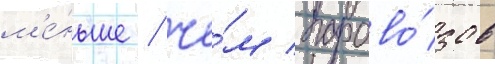
м'е́ньше / че́м парово́зов